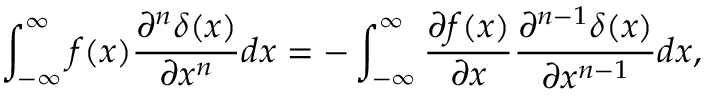
\int _ { - \infty } ^ { \infty } f ( x ) \frac { \partial ^ { n } \delta ( x ) } { \partial x ^ { n } } d x = - \int _ { - \infty } ^ { \infty } \frac { \partial f ( x ) } { \partial x } \frac { \partial ^ { n - 1 } \delta ( x ) } { \partial x ^ { n - 1 } } d x ,